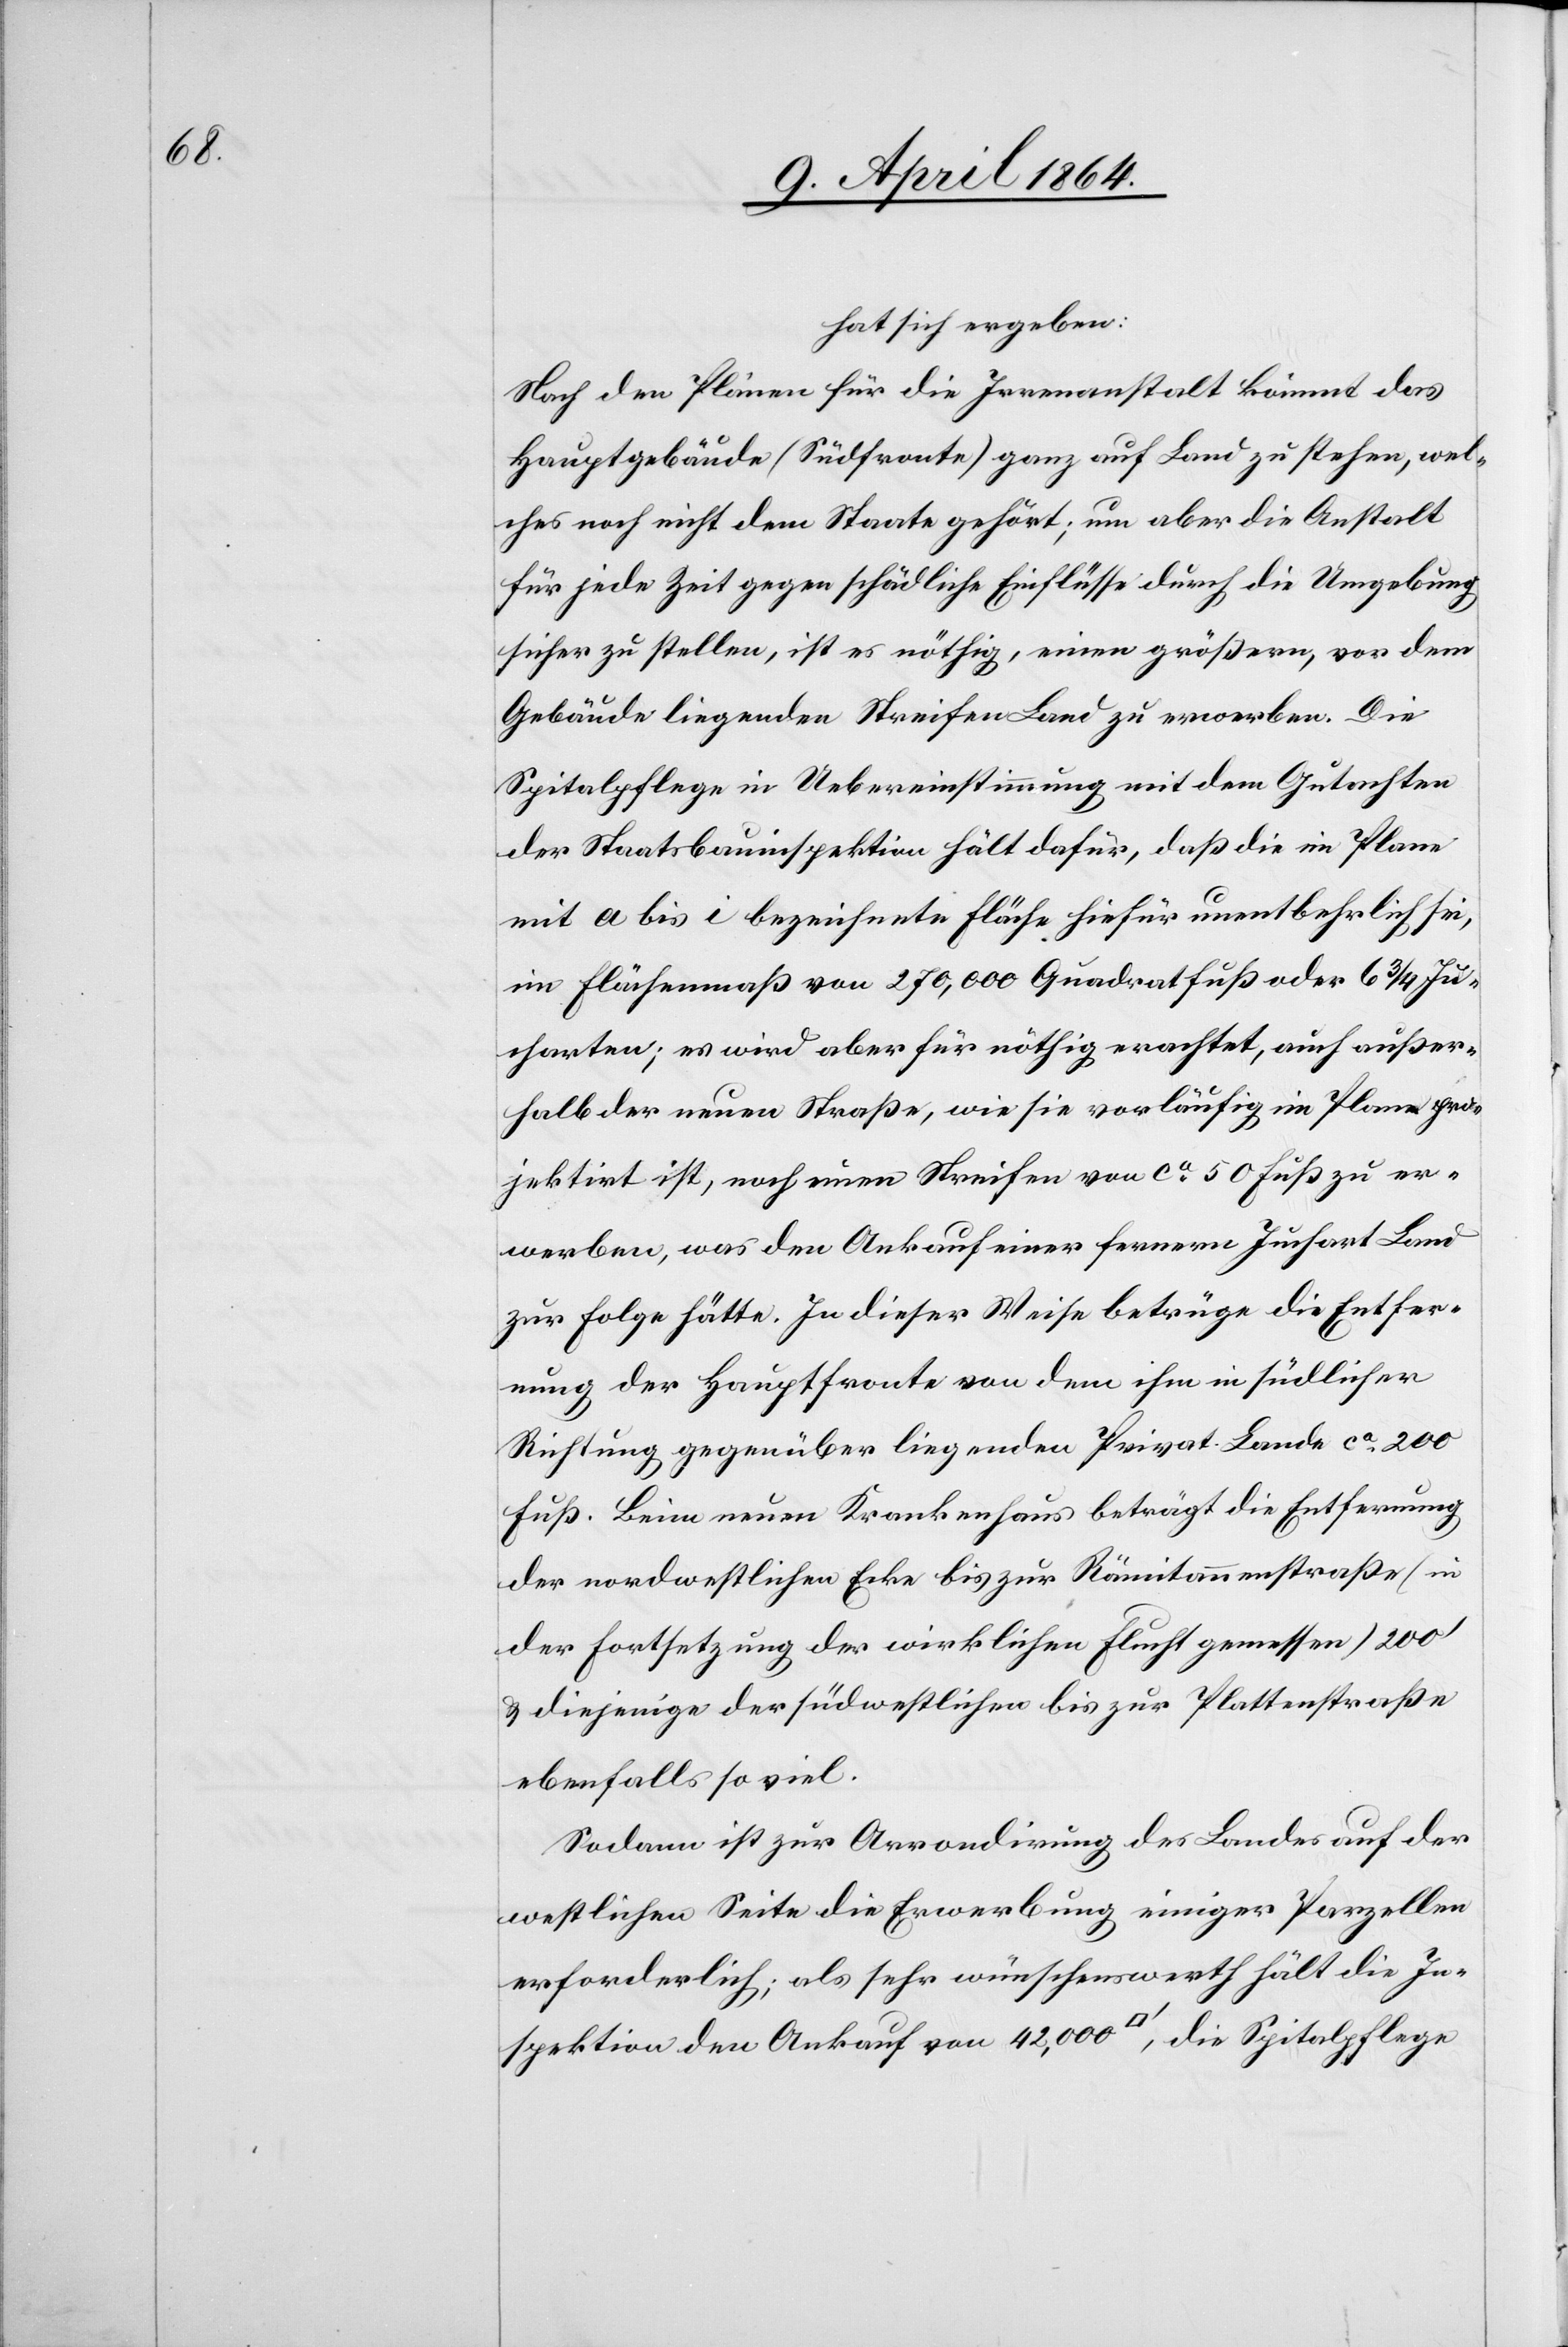
hat sich ergeben:
Nach den Plänen für die Irrenanstalt kömmt das
Hauptgebäude (Südfronte) ganz auf Land zu stehen, wel¬
ches noch nicht dem Staate gehört; um aber die Anstalt
für jede Zeit gegen schädliche Einflüsse durch die Umgebung
sicher zu stellen, ist es nöthig, einen größern, vor dem
Gebäude liegenden Streifen Land zur erwerben. Die
Spitalpflege in Uebereinstimmung mit dem Gutachten
der Staatsbauinspektion hält dafür, daß die im Plane
mit a bis i bezeichnete Fläche hiefür unentbehrlich sei,
im Flächenmaß von 270,000 Quadratfuß oder 6 3/4 Ju¬
charten; es wird aber für nöthig erachtet, auch außer¬
halb der neuen Straße, wie sie vorläufig im Plane pro¬
jektirt ist, noch einen Streifen von ca 50 Fuß zu er¬
werben, was den Ankauf einer fernern Juchart Land
zur Folge hätte. In dieser Weise betrüge die Entfer¬
nung der Hauptfronte von dem ihm in südlicher
Richtung gegenüber liegenden Privat-Lande ca 200
Fuß. Beim neuen Krankenhaus beträgt die Entfernung
der nordwestlichen Ecke bis zur Rämitommenstraße (in
der Fortsetzung der wirklichen Flucht gemessen) 200’
u. diejenige der südwestlichen bis zur Plattenstraße
ebenfalls so viel.
Sodann ist zur Arrondirung des Landes auf der
westlichen Seite die Erwerbung einiger Parzellen
erforderlich; als sehr wünschenswerth hält die In¬
spektion den Ankauf von 42,000 [Quadratfuss], die Spitalpflege